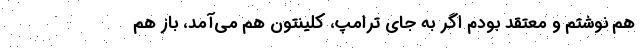
هم نوشتم و معتقد بودم اگر به جای ترامپ، کلینتون هم می‌آمد، باز هم